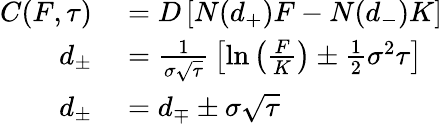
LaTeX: \begin{array}{rl}{C(F,\tau)}&{{}=D\left[N(d_{+})F-N(d_{-})K\right]}\\ {d_{\pm}}&{{}={\frac{1}{\sigma{\sqrt{\tau}}}}\left[\ln\left({\frac{F}{K}}\right)\pm{\frac{1}{2}}\sigma^{2}\tau\right]}\\ {d_{\pm}}&{{}=d_{\mp}\pm\sigma{\sqrt{\tau}}}\end{array}